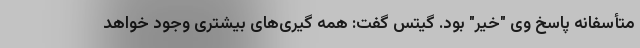
متأسفانه پاسخ وی "خیر" بود. گیتس گفت: همه گیری‌های بیشتری وجود خواهد